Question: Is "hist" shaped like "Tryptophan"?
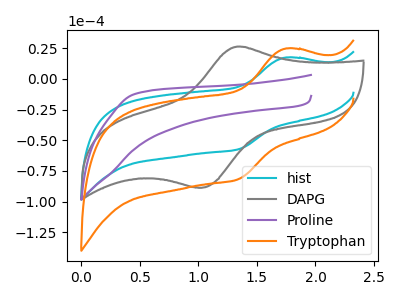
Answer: <think>The cyan curve "hist" has an anodic peak at (1.75V, 17.25uA) and a cathodic peak at (1.35V, -57.20uA). The gray curve "DAPG" has an anodic peak at (1.35V, 26.15uA) and a cathodic peak at (1.00V, -88.50uA). The purple curve "Proline" has no peaks. The orange curve "Tryptophan" has an anodic peak at (1.75V, 24.55uA) and a cathodic peak at (1.35V, -81.45uA).
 All the peaks in "hist" have a peak in "Tryptophan" at the same potential. Every peak in "hist" is lower than every peak in "Tryptophan".</think>
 <answer>"hist" and "Tryptophan" are similar in shape.</answer>
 <eval>same_shape</eval>